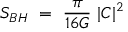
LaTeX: S _ { B H } ~ = ~ { \frac { \pi } { 1 6 G } } ~ | C | ^ { 2 } ~